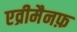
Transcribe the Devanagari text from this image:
एव्रीमैनफ़